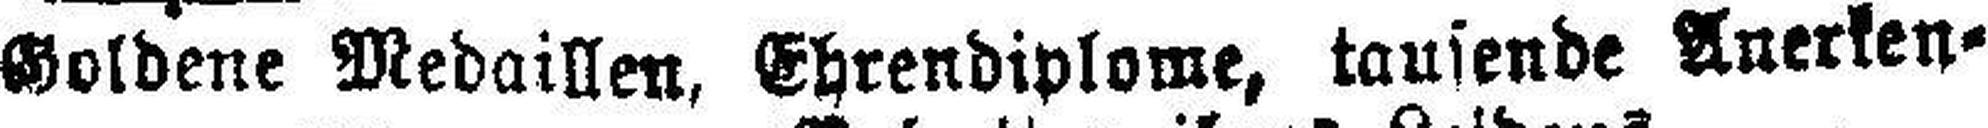
Goldene Medaillen, Ehrendiplome, tausende Anerken¬